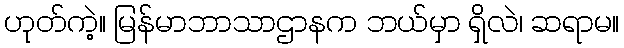
ဟုတ်ကဲ့။ မြန်မာဘာသာဌာနက ဘယ်မှာ ရှိလဲ၊ ဆရာမ။